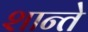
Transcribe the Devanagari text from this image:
शान्ते